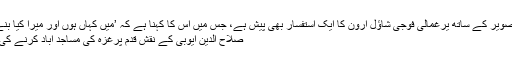
اس تصویر کے ساتھ یرغمالی فوجی شاؤل ارون کا ایک استفسار بھی پیش ہے، جس میں اس کا کہنا ہے کہ ’میں کہاں ہوں اور میرا کیا بنے گا‘
صلاح الدین ایوبی کے نقش قدم پرغزہ کی مساجد آباد کرنے کی مہم!